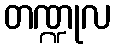
တဏ္ဍုလ